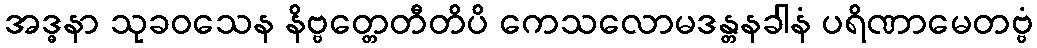
အဒ္ဓနာ သုခဝသေန နိဗ္ဗတ္တေတီတိပိ ကေသလောမဒန္တနခါနံ ပရိဏာမေတဗ္ဗံ